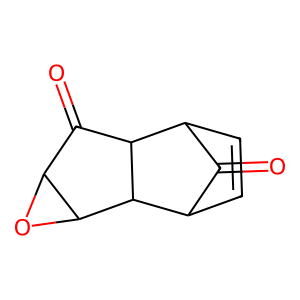
SMILES: O=C1C2C=CC1C1C3OC3C(=O)C21
Inhibits HIV replication: No